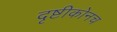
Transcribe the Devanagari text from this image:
दृष्टीकोनच